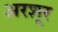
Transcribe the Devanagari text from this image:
अरशूर